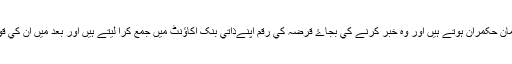
خبر کرنے والے بھي بے ايمان حکمران ہوتے ہيں اور وہ خبر کرنے کي بجاۓ قرضہ کي رقم اپنےذاتي بنک اکاؤنٹ ميں جمع کرا ليتے ہيں اور بعد ميں ان کي قوم يہ قرض اتارتي رہتي ہے۔